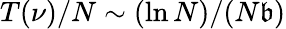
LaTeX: T(\nu)/N\sim(\ln{N})/(N\mathfrak{b})